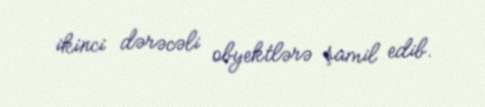
ikinci dərəcəli obyektlərə şamil edib.